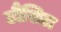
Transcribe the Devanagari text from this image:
टौंसिल